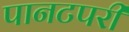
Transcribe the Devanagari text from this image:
पानटपरी